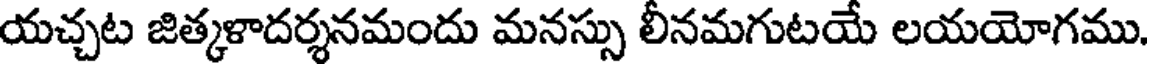
యచ్చట జిత్కళాదర్శనమందు మనస్సు లీనమగుటయే లయయోగము